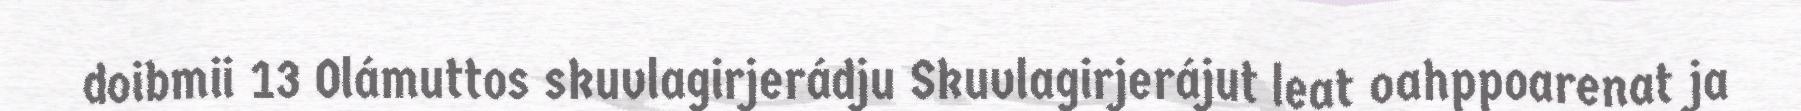
doibmii 13 Olámuttos skuvlagirjerádju Skuvlagirjerájut leat oahppoarenat ja